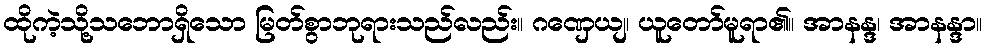
ထိုကဲ့သို့သဘောရှိသော မြတ်စွာဘုရားသည်လည်း။ ဂဏှေယျ၊ ယူတော်မူရာ၏။ အာနန္ဒ၊ အာနန္ဒာ။